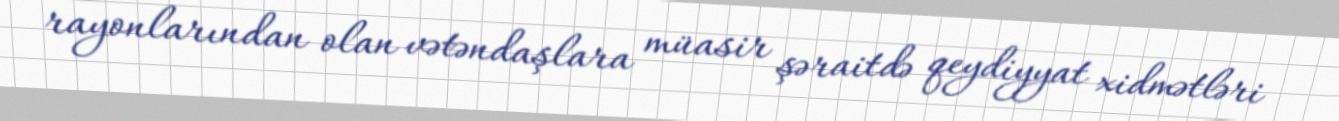
rayonlarından olan vətəndaşlara müasir şəraitdə qeydiyyat xidmətləri